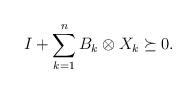
LaTeX: \begin{align*} I+ \sum_{k=1}^n B_k\otimes X_k \succeq 0.\end{align*}